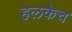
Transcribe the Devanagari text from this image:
हलकेच